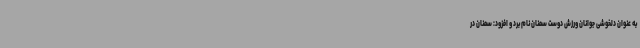
به عنوان دلخوشی جوانان ورزش دوست سمنان نام برد و افزود: سمنان در